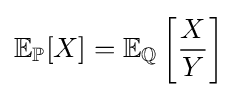
\mathbb {E} _{\mathbb {P} }[X]=\mathbb {E} _{\mathbb {Q} }\left[{\frac {X}{Y}}\right]